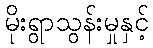
မိုးရွာသွန်းမှုနှင့်